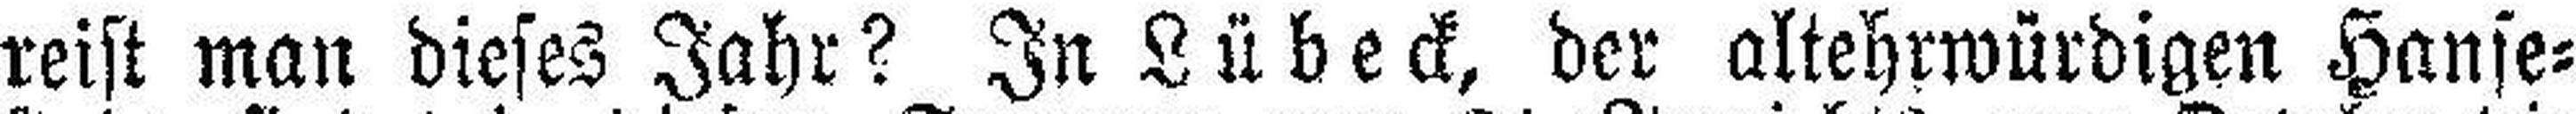
reist man dieses Jahr? In Lübeck, der altehrwürdigen Hanse¬